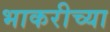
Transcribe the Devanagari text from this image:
भाकरीच्या